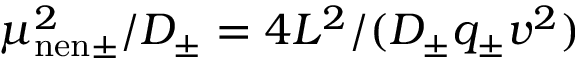
\mu _ { \mathrm { n e n } \pm } ^ { 2 } / D _ { \pm } = 4 L ^ { 2 } / ( D _ { \pm } q _ { \pm } v ^ { 2 } )